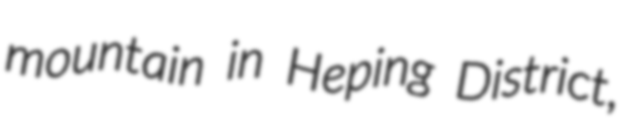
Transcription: mountain in Heping District,